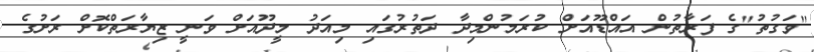
"ވަގުތު"ގެ ފަރާތުން އައްޑޫއަށް ކުރަމުންމިދާ ދަތުރުގައި މިއަދު މީދޫއަށް ވަނީ ޒިޔާރަތްކޮށް ރަށުގެ